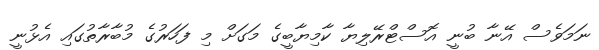
ނަމަވެސް އޭނާ ބުނީ އޮސްޓްރޭލިޔާ ކާމިޔާބީގެ މަގަށް މި ފަހަރުގެ މުބާރާތުގައި އެޅުނީ